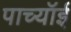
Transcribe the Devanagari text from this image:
पाच्यॉई